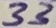
Text: 33